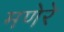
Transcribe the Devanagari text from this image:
मणेरे